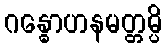
ဂန္ဓောဟနမတ္တမ္ပိ